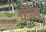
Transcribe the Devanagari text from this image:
च्होल